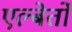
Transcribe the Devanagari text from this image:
एल्बेर्तो